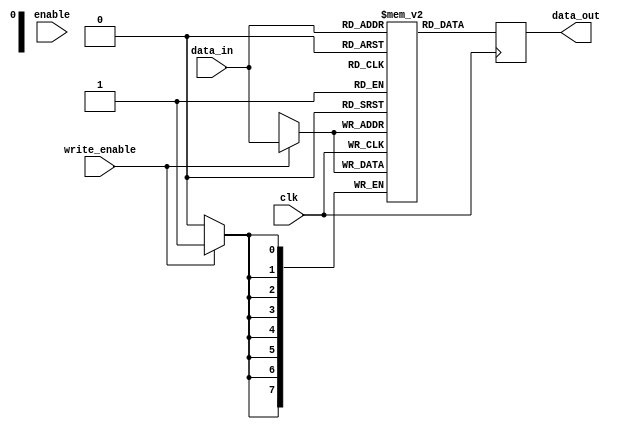
module memory_block (
    input wire clk,           // Original clock signal
    input wire enable,        // Enable signal to control clock gating
    input wire [7:0] data_in, // Data input
    input wire write_enable,   // Write enable signal
    output reg [7:0] data_out  // Data output
);

    reg [7:0] memory [0:255]; // Simple memory array of 256 x 8 bits

    // Memory operation based on the gated clock
    always @(posedge clk) begin
        if (write_enable) begin
            memory[data_in[7:0]] <= data_in; // Write data to memory
        end
        data_out <= memory[data_in[7:0]]; // Read data from memory
    end
endmodule